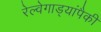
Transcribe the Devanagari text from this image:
रेल्वेगाड्यांपैकी